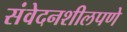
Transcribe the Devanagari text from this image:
संवेदनशीलपणे